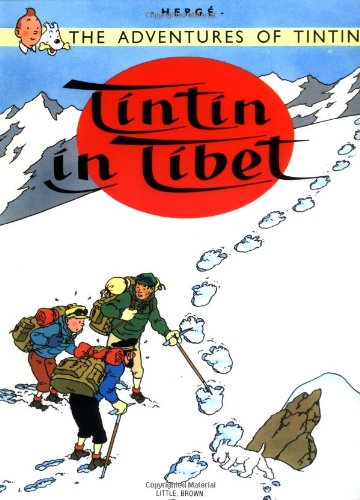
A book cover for Tintin in Tibet (The Adventures of Tintin); HergÃ©; Comics & Graphic Novels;